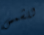
للشمس